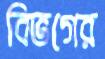
বিভগের